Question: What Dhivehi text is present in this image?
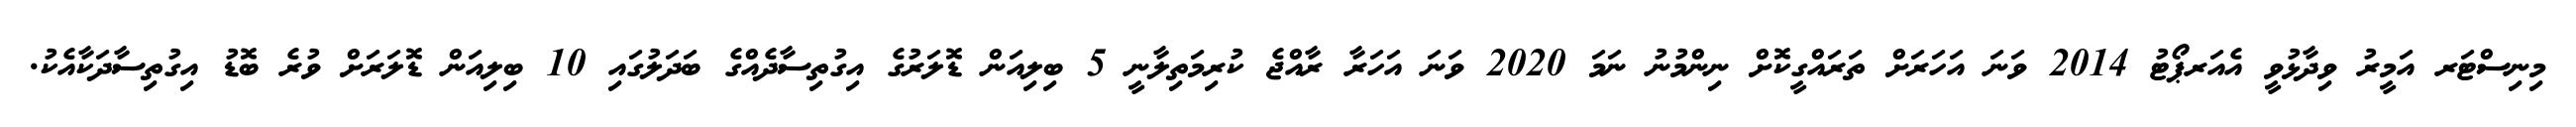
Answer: މިނިސްޓަރ އަމީރު ވިދާޅުވީ އެއަރޕޯޓު 2014 ވަނަ އަހަރަށް ތަރައްގީކޮށް ނިންމުނު ނަމަ 2020 ވަނަ އަހަރާ ރާއްޖެ ކުރިމަތިލާނީ 5 ބިލިއަން ޑޮލަރުގެ އިގުތިސާދެއްގެ ބަދަލުގައި 10 ބިލިއަން ޑޮލަރަށް ވުރެ ބޮޑު އިގުތިސާދަކާއެކު.